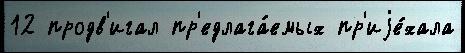
12 продв'игал пр'едлага́емых пр'иjе́хала